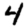
Digit: 4